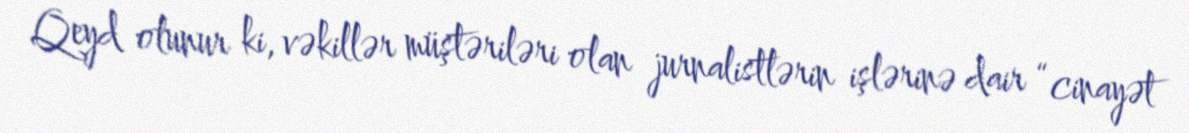
Qeyd olunur ki, vəkillər müştəriləri olan jurnalistlərin işlərinə dair “cinayət